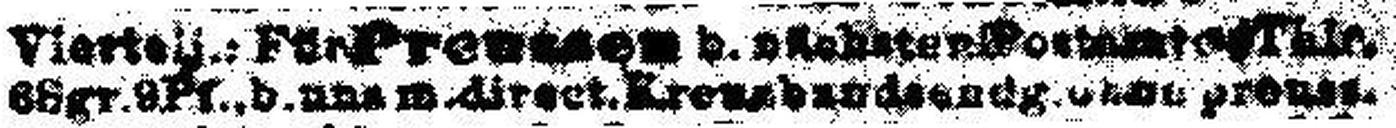
###Sgr.###Pf., b.uns m.direct.Kreuzbandiendg.ohne preu###